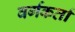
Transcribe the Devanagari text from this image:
वर्गकर्ता